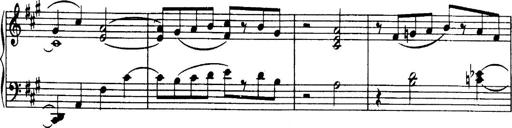
Title: 3 Sonatinas, Op.67
Composer: Jean Sibelius